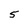
Character: 5